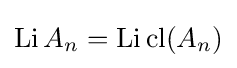
\mathop {\mathrm {Li} } A_{n}=\mathop {\mathrm {Li} } \mathop {\mathrm {cl} } (A_{n})